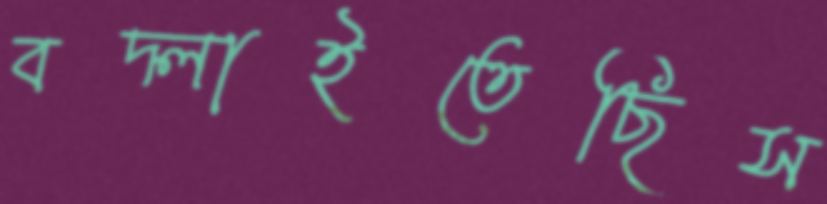
বদ্‌লাইতেছিস